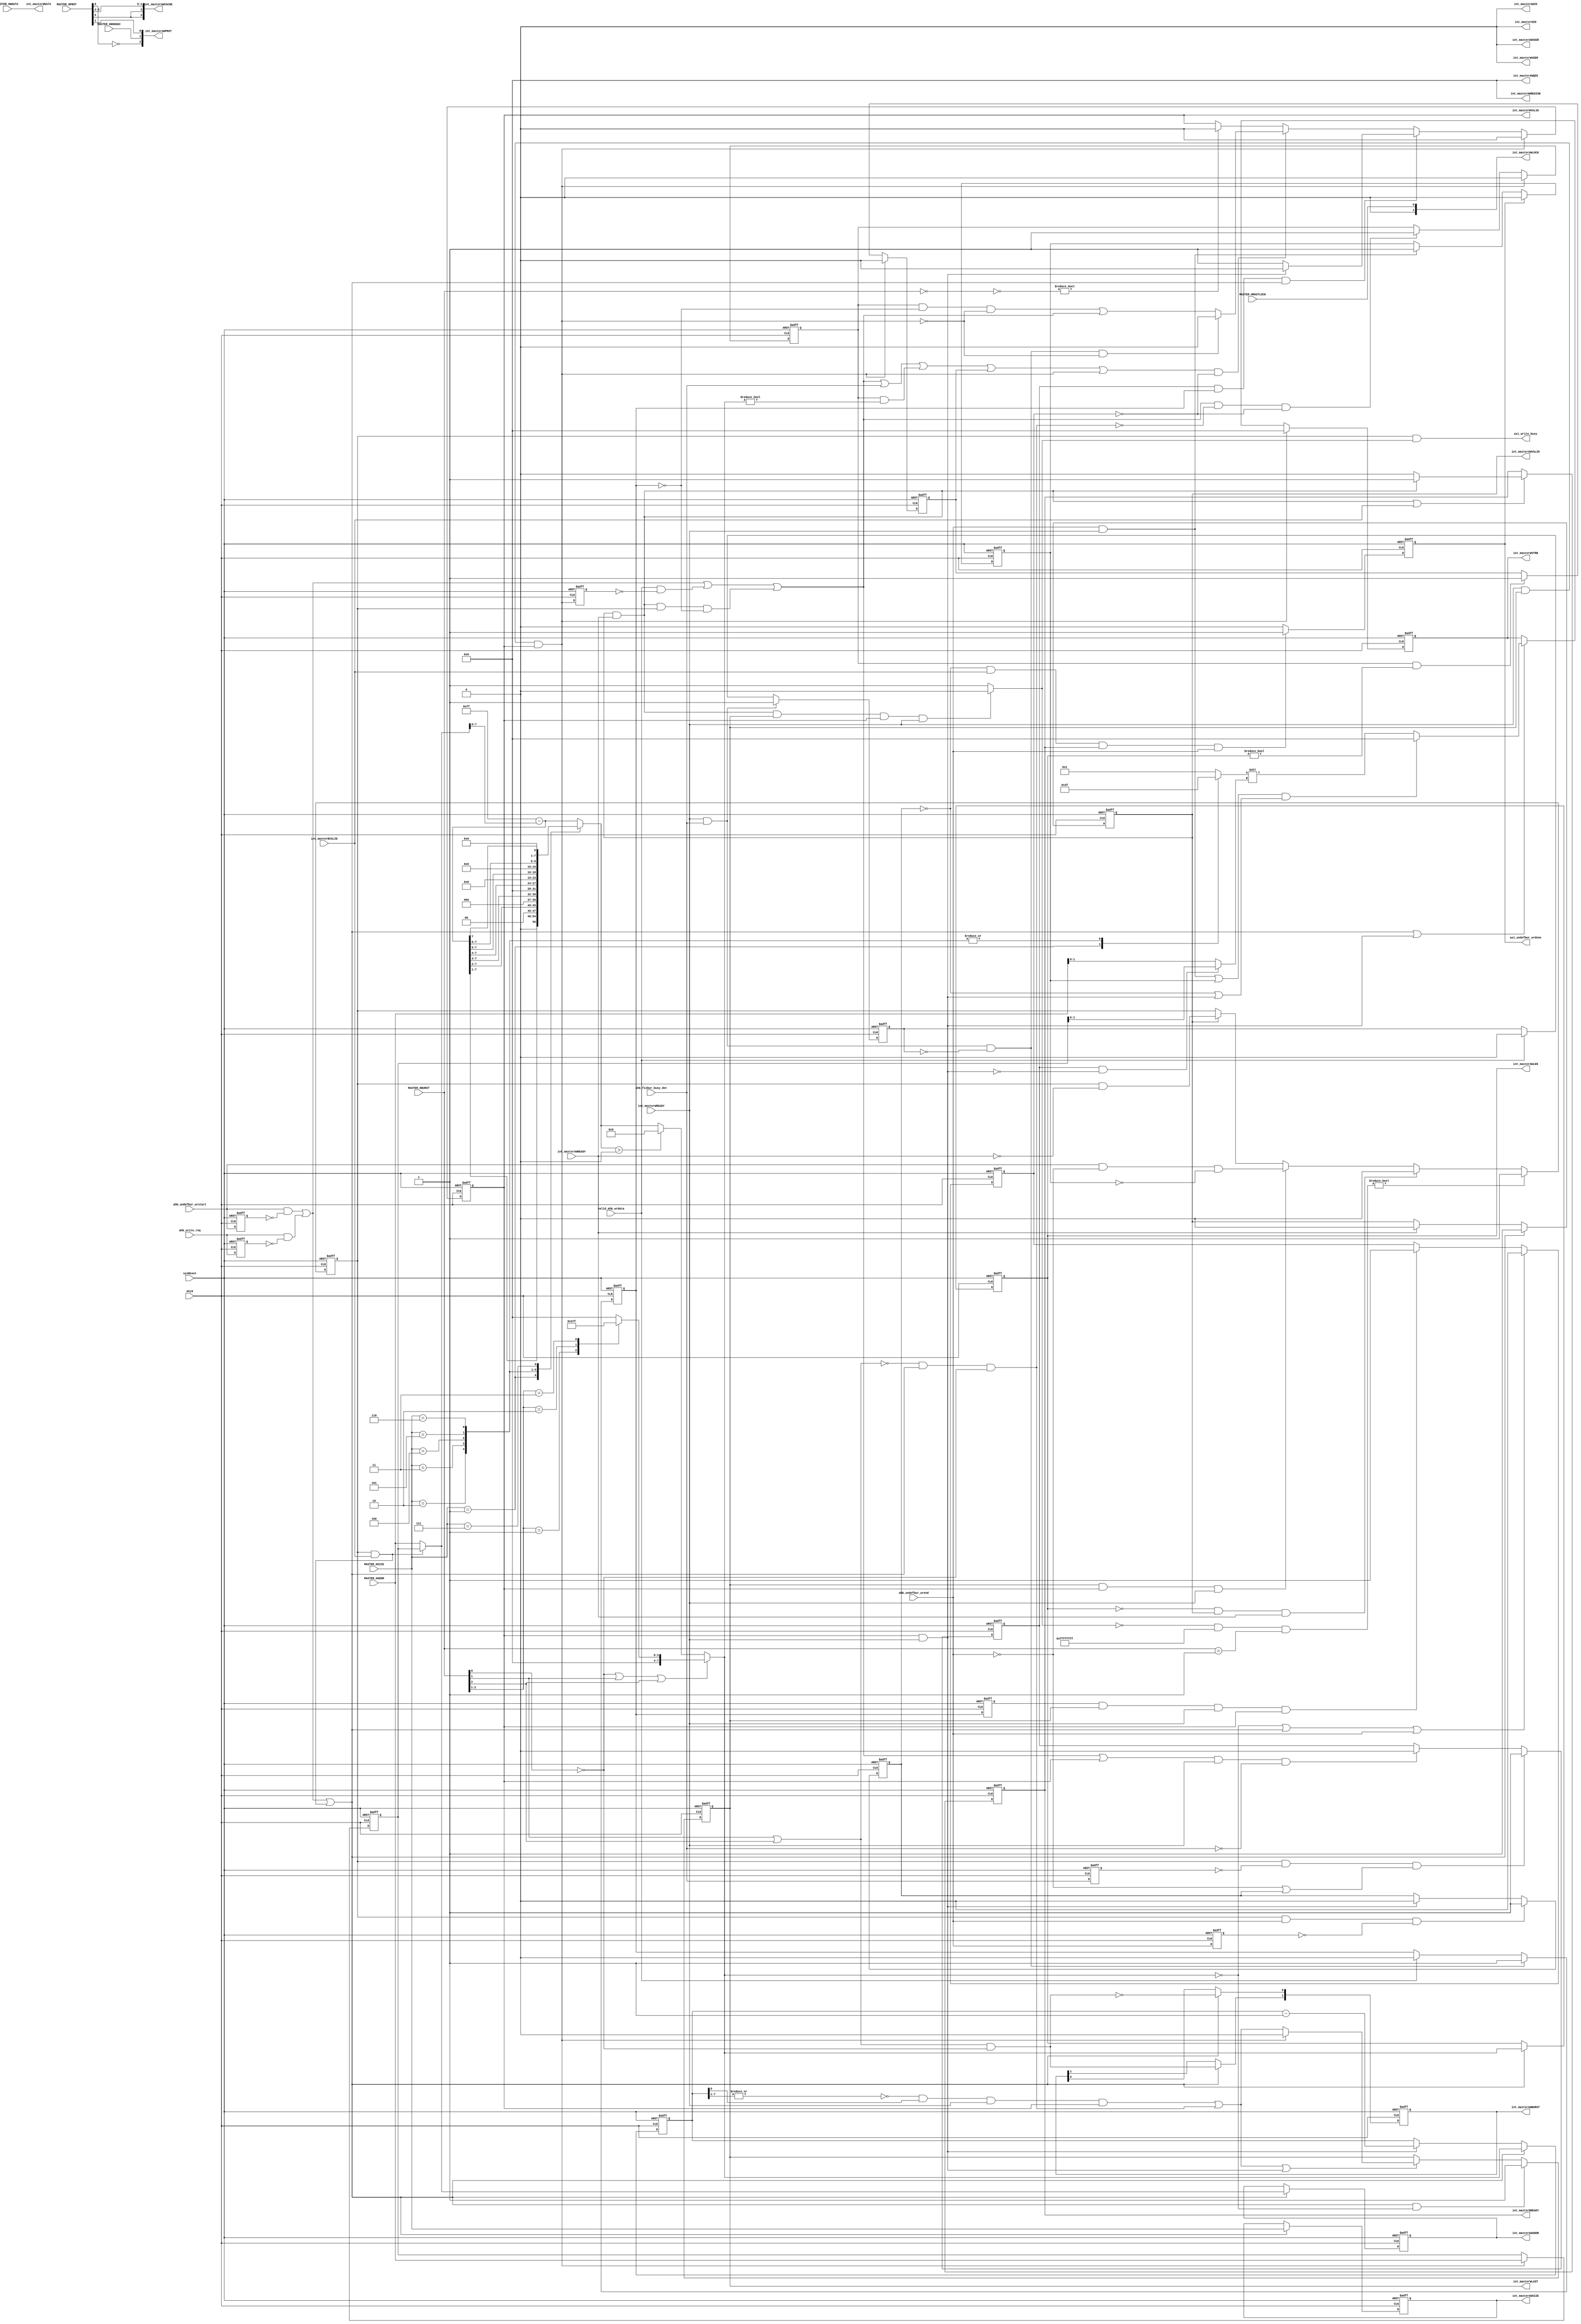
module caxi4interconnect_AXI4_Write_Ctrl #
(
   parameter        USER_WIDTH           = 1,
   parameter        DEF_BURST_LEN        = 0,
   parameter        DATA_WIDTH           = 32,
   parameter        ID_WIDTH             = 1,
   parameter        LOG_BYTE_WIDTH       = 2,
   parameter        DEF_BURST_LEN_ZERO   = 0,
   parameter        ADDR_WIDTH           = 32
)
(
  input                           ACLK,                
  input                           sysReset,            
  input                           ahb_write_req,
  input                           ahb_undefbur_wrstart,
  input                           ahb_undefbur_wrend,
  input                           ahb_fixbur_busy_det,
  input                           int_masterAWREADY,
  input                           int_masterWREADY,
  input                           int_masterBVALID,
  input  [31:0]                   MASTER_HADDR,
  input  [2:0]                    MASTER_HBURST,       
  input                           MASTER_HMASTLOCK,  
  input  [6:0]                    MASTER_HPROT,  
  input  [2:0]                    MASTER_HSIZE,       
  input  [DATA_WIDTH-1:0]         MASTER_HWDATA,       
  input                           MASTER_HNONSEC,
  input                           valid_ahb_wrdata,
  
  output                          axi_write_busy,
  output [ID_WIDTH-1:0]           int_masterAWID,
  output reg [ADDR_WIDTH-1:0]     int_masterAWADDR,
  output reg [7:0]                int_masterAWLEN,
  output reg [2:0]                int_masterAWSIZE,
  output reg [1:0]                int_masterAWBURST,
  output [1:0]                    int_masterAWLOCK,
  output [3:0]                    int_masterAWCACHE,
  output [2:0]                    int_masterAWPROT,
  output [3:0]                    int_masterAWQOS,
  output [3:0]                    int_masterAWREGION,
  output [USER_WIDTH-1:0]         int_masterAWUSER,
  output reg                      int_masterAWVALID,
  output [ID_WIDTH-1:0]           int_masterWID,
  output [DATA_WIDTH-1:0]         int_masterWDATA,
  output reg [(DATA_WIDTH/8)-1:0] int_masterWSTRB,
  output reg                      int_masterWLAST,
  output [USER_WIDTH-1:0]         int_masterWUSER,
  output reg                      int_masterWVALID,
  output reg                      int_masterBREADY,
  output reg                      axi_undefbur_wrdone
);

  localparam                      MASK_UPPER_ADDR_BITS = ADDR_WIDTH > 32 ? ADDR_WIDTH - 32 : 32; //If ADDR_WIDTH > 32
  
  wire                            axi_bur_wrend;
  wire                            ahb_write_req_pl;
  wire                            ahb_undefbur_wrstart_pl;
  wire                            axi_defbur_wrdone;
  wire  [31:0]                    axi_write_addr;
  wire                            axi_write_en;
  wire  [7:0]                     ahb_haddr_modulo_256;
  wire                            sel_def_bur_len;
  wire  [7:0]                     ahb_undef_axi_burst_len;  
  wire  [7:0]                     axi_burst_len;
  wire                            ahb_fixed_burst;  
  wire                            axi_beat_xfer;
  wire                            ahb_single_burst_trans;
  wire                            write_burst_cnt_msb_zero;
  wire                            fixed_burst_wlast_ctrl;
  wire                            wlast_assert_en;
  wire                            wlast_en;
  wire                            ahb_write_start_pl;
  wire                            axi_last_beat_wrdone;
  wire                            wvalid_assert_en;
  wire                            wvalid_en;
  wire                            bready_assert_en;
  wire                            bready_en;
  
  reg                             ahb_write_req_reg;
  reg                             ahb_undefbur_wrstart_reg;
  reg   [31:0]                    addr_latch;
  reg   [7:0]                     axi_len_limit;
  reg   [(DATA_WIDTH/8)-1:0]      pre_shifted_strobes;
  reg   [7:0]                     write_burst_cnt;
  reg                             axi_wvalid_ctrl;
  reg   [7:0]                     ahb_fixbur_axi_burst_len;
  reg                             ahb_undefbur_wrend_hold;
  reg                             one_data_xfer_aft_busy;
  reg                             wready_reg;
  reg                             wstrb_addr_ctrl;
  reg                             int_masterWLAST_f1;
  reg                             ahb_fixbur_busy_det_f1;
  reg                             wvalid_deassert;
  reg                             one_data_xfer_aft_busy_f1;
  reg                             axi_write_busy_ctrl;
  reg                             axi_write_busy_reg;
  reg                             axi_wvalid_ctrl_f1;
  reg                             axi_last_beat_wrdone_reg;
  reg                             ahb_undefbur_wrend_f1;
  reg                             axi_last_beat_xfer;
  
  wire [LOG_BYTE_WIDTH-1:0]       wstrb_addr;

  assign int_masterWID = 0;
  
  assign axi_bur_wrend = (ahb_undefbur_wrstart & ~ahb_undefbur_wrend & ~ahb_undefbur_wrend_hold);
  
  //always@(posedge ACLK or negedge sysReset)
  always@(*)
    if(int_masterAWVALID & int_masterAWREADY & int_masterWLAST & int_masterWVALID & int_masterWREADY)
	  axi_write_busy_ctrl <= 1'b0;
	else 
	  axi_write_busy_ctrl <= 1'b1;

  
  always@(posedge ACLK or negedge sysReset)
    if(~sysReset)
	  axi_write_busy_reg <= 1'b0;
	else if(~axi_write_busy_ctrl & ~DEF_BURST_LEN_ZERO & (MASTER_HBURST == 1))
	  axi_write_busy_reg <= 1'b1;
	else if((int_masterAWLEN == 0) & int_masterAWVALID & int_masterAWREADY)
	  axi_write_busy_reg <= 1'b0;
	else 
	  begin 
	    //if((int_masterWLAST & int_masterWVALID & int_masterWREADY) | ahb_undefbur_wrend)
	    if((int_masterWLAST & int_masterWVALID & int_masterWREADY))
	      axi_write_busy_reg <= axi_bur_wrend;	    
	    else if(int_masterAWVALID)
	      axi_write_busy_reg <= (axi_write_busy_reg & ~int_masterAWREADY);		
	  end 

  assign axi_write_busy = axi_write_busy_reg & axi_write_busy_ctrl;
  
  assign int_masterAWID = {ID_WIDTH{1'b0}};
  
  always@(posedge ACLK or negedge sysReset)
    if(~sysReset)
	  ahb_write_req_reg <= 1'b0;
	else 
	  ahb_write_req_reg <= ahb_write_req;
  
  assign ahb_write_req_pl = ahb_write_req & ~ahb_write_req_reg;

  always@(posedge ACLK or negedge sysReset)
    if(~sysReset)
	  ahb_undefbur_wrstart_reg <= 1'b0;
	else 
	  ahb_undefbur_wrstart_reg <= ahb_undefbur_wrstart;
  
  assign ahb_undefbur_wrstart_pl = ahb_undefbur_wrstart & ~ahb_undefbur_wrstart_reg;
  
  //assign axi_defbur_wrdone = axi_write_busy_reg & int_masterBVALID & ~ahb_undefbur_wrend & ~DEF_BURST_LEN_ZERO;
  assign axi_defbur_wrdone = axi_write_busy_reg & int_masterBVALID & ~DEF_BURST_LEN_ZERO;
  
  always@(posedge ACLK or negedge sysReset)
    if(~sysReset)
	  int_masterWLAST_f1 <= 1'b0;
	else 
	  int_masterWLAST_f1 <= int_masterWLAST;  
  
  always@(posedge ACLK or negedge sysReset)
    if(~sysReset)
	  addr_latch <= 0;
	else if(int_masterWREADY & int_masterWLAST & int_masterWVALID)
	//else if (int_masterWLAST & ~int_masterWLAST_f1)
	  addr_latch <= MASTER_HADDR;
  
  assign axi_write_addr = axi_defbur_wrdone ? addr_latch : MASTER_HADDR;
  
  assign axi_write_en   = (ahb_undefbur_wrstart_pl | ahb_write_req_pl | axi_defbur_wrdone);

  always@(posedge ACLK or negedge sysReset)
    if(~sysReset)
	  int_masterAWADDR <= {ADDR_WIDTH{1'b0}};
	else if(ADDR_WIDTH > 32)
	  begin 
	    if(axi_write_en)
		  int_masterAWADDR <= {{MASK_UPPER_ADDR_BITS{1'b0}},axi_write_addr};
	  end 
	else if(axi_write_en)
	  int_masterAWADDR <= axi_write_addr[ADDR_WIDTH-1:0];
	  
  assign ahb_haddr_modulo_256 = 255 - axi_write_addr[7:0];	  
  
  always@(*)
    case (MASTER_HSIZE)
	  1       : axi_len_limit = {1'b0,ahb_haddr_modulo_256[7:1]};  
	  2       : axi_len_limit = {2'b00,ahb_haddr_modulo_256[7:2]};  
	  3       : axi_len_limit = {3'b000,ahb_haddr_modulo_256[7:3]};  
	  4       : axi_len_limit = {4'b0000,ahb_haddr_modulo_256[7:4]};  
	  5       : axi_len_limit = {5'b00000,ahb_haddr_modulo_256[7:5]};  
	  6       : axi_len_limit = {6'b000000,ahb_haddr_modulo_256[7:6]};  
	  7       : axi_len_limit = {7'b0000000,ahb_haddr_modulo_256[7]};  
	  default : axi_len_limit = ahb_haddr_modulo_256[7:0];  
	endcase
	
  assign sel_def_bur_len = 	(axi_len_limit > DEF_BURST_LEN);
  
  assign ahb_undef_axi_burst_len = sel_def_bur_len ? DEF_BURST_LEN : axi_len_limit;
  
  always@(*)
    case (MASTER_HBURST[2:1])
	  1       : ahb_fixbur_axi_burst_len = 3;
	  2       : ahb_fixbur_axi_burst_len = 7;
	  3       : ahb_fixbur_axi_burst_len = 15;
	  default : ahb_fixbur_axi_burst_len = 0;
	endcase 
	
  assign ahb_fixed_burst = (DEF_BURST_LEN_ZERO | ~MASTER_HBURST[0] | MASTER_HBURST[1] | MASTER_HBURST[2]);	
  
  assign axi_burst_len = ahb_fixed_burst ? ahb_fixbur_axi_burst_len : ahb_undef_axi_burst_len;	
  
  always@(posedge ACLK or negedge sysReset)
    if(~sysReset)
	  int_masterAWLEN <= 0;
	else if(axi_write_en)
	  int_masterAWLEN <= axi_burst_len;

  always@(posedge ACLK or negedge sysReset)
    if(~sysReset)
	  int_masterAWSIZE <= 0;
	else if(axi_write_en)
	  int_masterAWSIZE <= MASTER_HSIZE;

  always@(posedge ACLK or negedge sysReset)
    if(~sysReset)
	  int_masterAWBURST <= 0;
	else if(axi_write_en)
	  begin 
	    int_masterAWBURST[1] <= ((MASTER_HBURST[1] | MASTER_HBURST[2] ) & ~MASTER_HBURST[0]); 
	    int_masterAWBURST[0] <= ~((MASTER_HBURST[1] | MASTER_HBURST[2] ) & ~MASTER_HBURST[0]); 
	  end 
	  
  assign int_masterAWLOCK   = { 1'b0, MASTER_HMASTLOCK};  
  assign int_masterAWCACHE  = {MASTER_HPROT[5], MASTER_HPROT[5], MASTER_HPROT[3], MASTER_HPROT[2]};  
  assign int_masterAWPROT   = {~MASTER_HPROT[0], MASTER_HNONSEC, MASTER_HPROT[1]};
  assign int_masterAWQOS    = 0;
  assign int_masterAWQOS    = 0;
  assign int_masterAWREGION = 0;  
  assign int_masterAWUSER   = 0;  
  
  always@(posedge ACLK or negedge sysReset)
    if(~sysReset)
	  int_masterAWVALID <= 0;
	else if(axi_write_en)
	  int_masterAWVALID <= 1'b1;
	else if(int_masterAWREADY)
      int_masterAWVALID <= 1'b0;

	  
  assign int_masterWDATA = MASTER_HWDATA;

  always@(*)
    case (MASTER_HSIZE)
	  1       : pre_shifted_strobes = 'h3;
	  2       : pre_shifted_strobes = 'hf;
	  3       : pre_shifted_strobes = 'hff;
	  4       : pre_shifted_strobes = 'hffff;
	  5       : pre_shifted_strobes = 'hffff_ffff;
	  6       : pre_shifted_strobes = 'hffff_ffff_ffff_ffff;	  
	  default : pre_shifted_strobes = 'h1;
	endcase
	  

  assign axi_beat_xfer = int_masterWVALID & int_masterWREADY;
  
  always@(posedge ACLK or negedge sysReset)
    if(~sysReset)
	  ahb_undefbur_wrend_hold <= 1'b0;
    //else if(int_masterBVALID)
    else if(axi_undefbur_wrdone)
      ahb_undefbur_wrend_hold <= 1'b0;
    else if (ahb_undefbur_wrend & int_masterWREADY)
      ahb_undefbur_wrend_hold <= 1'b1;	

  always@(posedge ACLK or negedge sysReset)
    if(~sysReset)
	  ahb_undefbur_wrend_f1 <= 1'b0;
    else 
      ahb_undefbur_wrend_f1 <= ahb_undefbur_wrend;
 
  //Signal is generated to detect corner condition in which axi last transaction occurs and on the next clock cycle undefined burst termination
  //is detected. In this scenerio, one more transaction needs to be generated to axi.
 
  always@(posedge ACLK or negedge sysReset)
    if(~sysReset)
	  axi_last_beat_xfer <= 1'b0;
    else if(axi_write_busy_reg & ahb_undefbur_wrend & ~ahb_undefbur_wrend_f1)
      axi_last_beat_xfer <= 1'b1;
	else if(int_masterWVALID & int_masterWREADY)
	  axi_last_beat_xfer <= 1'b0;
	  
	  
  always@(posedge ACLK or negedge sysReset)
    if(~sysReset)
	  ahb_fixbur_busy_det_f1 <= 1'b0;
    else 
      ahb_fixbur_busy_det_f1 <= ahb_fixbur_busy_det;
	  
	  
  always@(posedge ACLK or negedge sysReset)
    if(~sysReset)
	  wstrb_addr_ctrl <= 1'b0;
	else if(axi_write_busy_reg & ~ahb_fixbur_busy_det_f1 & (~ahb_undefbur_wrend | axi_last_beat_xfer))
	  wstrb_addr_ctrl <= 1'b1;
	//else if(int_masterWVALID & int_masterWREADY)
	else if((wvalid_assert_en | int_masterWVALID) & int_masterWREADY & ~ahb_fixbur_busy_det)
	  wstrb_addr_ctrl <= 1'b0;
      
	  
  assign wstrb_addr = (wstrb_addr_ctrl & (~(int_masterWVALID & int_masterWREADY))) ? addr_latch[LOG_BYTE_WIDTH-1:0] : MASTER_HADDR[LOG_BYTE_WIDTH-1:0];	  

  always@(posedge ACLK or negedge sysReset)
    if(~sysReset)
	  int_masterWSTRB <= 0;
	else if(int_masterWLAST & int_masterWREADY & int_masterWVALID) //Without this, protocol violation occurs.
	  int_masterWSTRB <= 0;
	else if(axi_write_en | axi_beat_xfer)
      begin 
	    if(((ahb_undefbur_wrend & int_masterWREADY) | ahb_undefbur_wrend_hold) & (~axi_last_beat_xfer | axi_beat_xfer))
		  int_masterWSTRB <= 0;
		else 
		  int_masterWSTRB <= pre_shifted_strobes << wstrb_addr;
	  end 
	  
  always@(posedge ACLK or negedge sysReset)
    if(~sysReset)
      write_burst_cnt <= 0;
    else if(axi_write_en)
      write_burst_cnt <= axi_burst_len;
    else if(axi_beat_xfer)
      write_burst_cnt <= write_burst_cnt - 1'b1;	

  assign ahb_single_burst_trans = ((~(MASTER_HBURST[2] | MASTER_HBURST[1])) & axi_write_en & 
                                     (DEF_BURST_LEN_ZERO | ~MASTER_HBURST[0]));

  assign write_burst_cnt_msb_zero = (~(| write_burst_cnt[7:1]));
  
  assign fixed_burst_wlast_ctrl = write_burst_cnt[0] ? (int_masterWVALID & int_masterWREADY & ~ahb_fixbur_busy_det) : 
                                                       ~ahb_fixbur_busy_det;
													   
  assign wlast_assert_en = ((write_burst_cnt_msb_zero & write_burst_cnt[0] & int_masterWREADY & int_masterWVALID) |
                             ahb_single_burst_trans);													   
  
  assign wlast_en = (wlast_assert_en | (int_masterWREADY & int_masterWVALID));
  
  always@(posedge ACLK or negedge sysReset)
    if(~sysReset)
      int_masterWLAST <= 1'b0;
	else if (axi_write_en && (axi_burst_len == 0))
	  int_masterWLAST <= 1'b1;
    else if(wlast_en)
  	  begin 	    
	    if(int_masterWREADY & int_masterWLAST & int_masterWVALID)
		  int_masterWLAST <= 1'b0;
		else 
		  int_masterWLAST <= wlast_assert_en;
	  end 

  assign int_masterWUSER = {USER_WIDTH{1'b0}};

  assign ahb_write_start_pl = (ahb_undefbur_wrstart_pl | ahb_write_req_pl);
  
  assign axi_last_beat_wrdone = (int_masterWLAST & int_masterWREADY & int_masterWVALID);

  always@(posedge ACLK or negedge sysReset)
    if(~sysReset)
      axi_last_beat_wrdone_reg <= 0;
	else 
      axi_last_beat_wrdone_reg <= axi_last_beat_wrdone;
  
  
  always@(posedge ACLK or negedge sysReset)
    if(~sysReset)
      axi_wvalid_ctrl <= 0;
	else if (axi_last_beat_wrdone)
      axi_wvalid_ctrl <= 1'b0;	  
    else if(wvalid_assert_en & ~ahb_single_burst_trans & ~wvalid_deassert)// & (axi_burst_len != 0))
	  axi_wvalid_ctrl <= 1'b1;

  always@(posedge ACLK or negedge sysReset)
    if(~sysReset)
      axi_wvalid_ctrl_f1 <= 0;
	else if (axi_last_beat_wrdone)
      axi_wvalid_ctrl_f1 <= 1'b0;	  
    else if(axi_wvalid_ctrl & (int_masterAWLEN != 0))// & (axi_burst_len != 0))
	  axi_wvalid_ctrl_f1 <= 1'b1;
	  
  //assign wvalid_assert_en = (ahb_write_start_pl | (valid_ahb_wrdata & ~axi_last_beat_wrdone_reg) | (int_masterAWVALID & int_masterAWREADY & axi_write_busy_reg & ~ahb_undefbur_wrend & ~one_data_xfer_aft_busy));
  assign wvalid_assert_en = (ahb_write_start_pl | (valid_ahb_wrdata & ~axi_last_beat_wrdone_reg) | (int_masterAWVALID & int_masterAWREADY & axi_write_busy_reg & ~one_data_xfer_aft_busy));
  
  assign wvalid_en =  ((wvalid_assert_en | ahb_fixbur_busy_det | (axi_wvalid_ctrl & (axi_burst_len != 0)) | axi_wvalid_ctrl_f1 | axi_last_beat_wrdone) & ~wvalid_deassert); 
  
  always@(posedge ACLK or negedge sysReset)
    if(~sysReset)
      wready_reg <= 1'b0;
    else if(int_masterWREADY & ahb_fixbur_busy_det)
	  wready_reg <= 1'b1;
	else if(valid_ahb_wrdata)
	  wready_reg <= 1'b0;

  always@(posedge ACLK or negedge sysReset)
    if(~sysReset)
      one_data_xfer_aft_busy <= 1'b0;
    else if(ahb_fixbur_busy_det & int_masterWREADY & ~wready_reg)
      one_data_xfer_aft_busy <= 1'b1; 
	else if(valid_ahb_wrdata)
	  one_data_xfer_aft_busy <= 1'b0; 

//Below two signals are required to control wvalid incase if the second last transction is busy transfer for undefined burst length. 
//Generally, wvalid is asserted on the next clock cycle after axi_write_en is asserted in case when axi has transferred the AXI_BURST_LENGTH 
//and undefined burst is still not terminated. But in the case when second last transaction is busy transfer then wvalid should be delayed 
//by one more clock cycle. 
	  
  always@(posedge ACLK or negedge sysReset)
    if(~sysReset)
      one_data_xfer_aft_busy_f1 <= 1'b0;
    else 
      one_data_xfer_aft_busy_f1 <= one_data_xfer_aft_busy; 
	  
  always@(posedge ACLK or negedge sysReset)
    if(~sysReset)
      wvalid_deassert <= 1'b0;
	//else if((int_masterAWLEN == 0) | axi_write_en | ahb_undefbur_wrstart_pl | ahb_write_req_pl)
	else if((axi_burst_len == 0) | axi_write_en | ahb_undefbur_wrend)
	//else if((axi_burst_len == 0) | (int_masterAWVALID & int_masterAWREADY) | ahb_undefbur_wrend)
	  wvalid_deassert <= 1'b0;
    else if(one_data_xfer_aft_busy_f1 & int_masterWLAST & int_masterWREADY & int_masterWVALID)
      wvalid_deassert <= 1'b1;
	  
//	  
  
  always@(posedge ACLK or negedge sysReset)
    if(~sysReset)
      int_masterWVALID <= 0;
	else if(int_masterWREADY & int_masterWLAST & int_masterWVALID)
	  int_masterWVALID <= 1'b0;	  
	else if(wstrb_addr_ctrl & one_data_xfer_aft_busy & axi_write_en)
	  begin 
	    if(int_masterWVALID & int_masterWREADY)
		  int_masterWVALID <= 1'b0;
		else 
		  int_masterWVALID <= 1'b1;
	  end 
    else if(wvalid_en)
	  begin 
	    if(ahb_fixbur_busy_det & int_masterWREADY & ~wready_reg & ~axi_last_beat_wrdone)
		  int_masterWVALID <= 1'b0;
		else
          int_masterWVALID <= ((axi_wvalid_ctrl & ~one_data_xfer_aft_busy & ~axi_last_beat_wrdone) |
		                        wvalid_assert_en);
	  end 
    else if(~((MASTER_HBURST == 0) | ((MASTER_HBURST == 1) & DEF_BURST_LEN_ZERO)))
	  int_masterWVALID <= 1'b0;
	  
  assign bready_assert_en = (int_masterAWVALID & int_masterAWREADY);	  
  assign bready_en        = (bready_assert_en | int_masterBVALID);	  
  
  always@(posedge ACLK or negedge sysReset)
    if(~sysReset)
      int_masterBREADY <= 0;
    else if(bready_en)
	  begin 
	    if(bready_assert_en)
		  int_masterBREADY <= 1'b1;
	    else 
          int_masterBREADY <= 1'b0;
	  end 

  always@(posedge ACLK or negedge sysReset)
    if(~sysReset)
      axi_undefbur_wrdone <= 1'b0;
    else if(~axi_last_beat_xfer & int_masterBVALID & int_masterBREADY & ahb_undefbur_wrend)
	  axi_undefbur_wrdone <= 1'b1;
	else 
	  axi_undefbur_wrdone <= 1'b0;
	  
  
endmodule